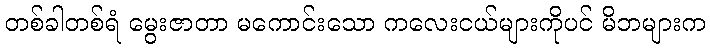
တစ်ခါတစ်ရံ မွေးဇာတာ မကောင်းသော ကလေးငယ်များကိုပင် မိဘများက